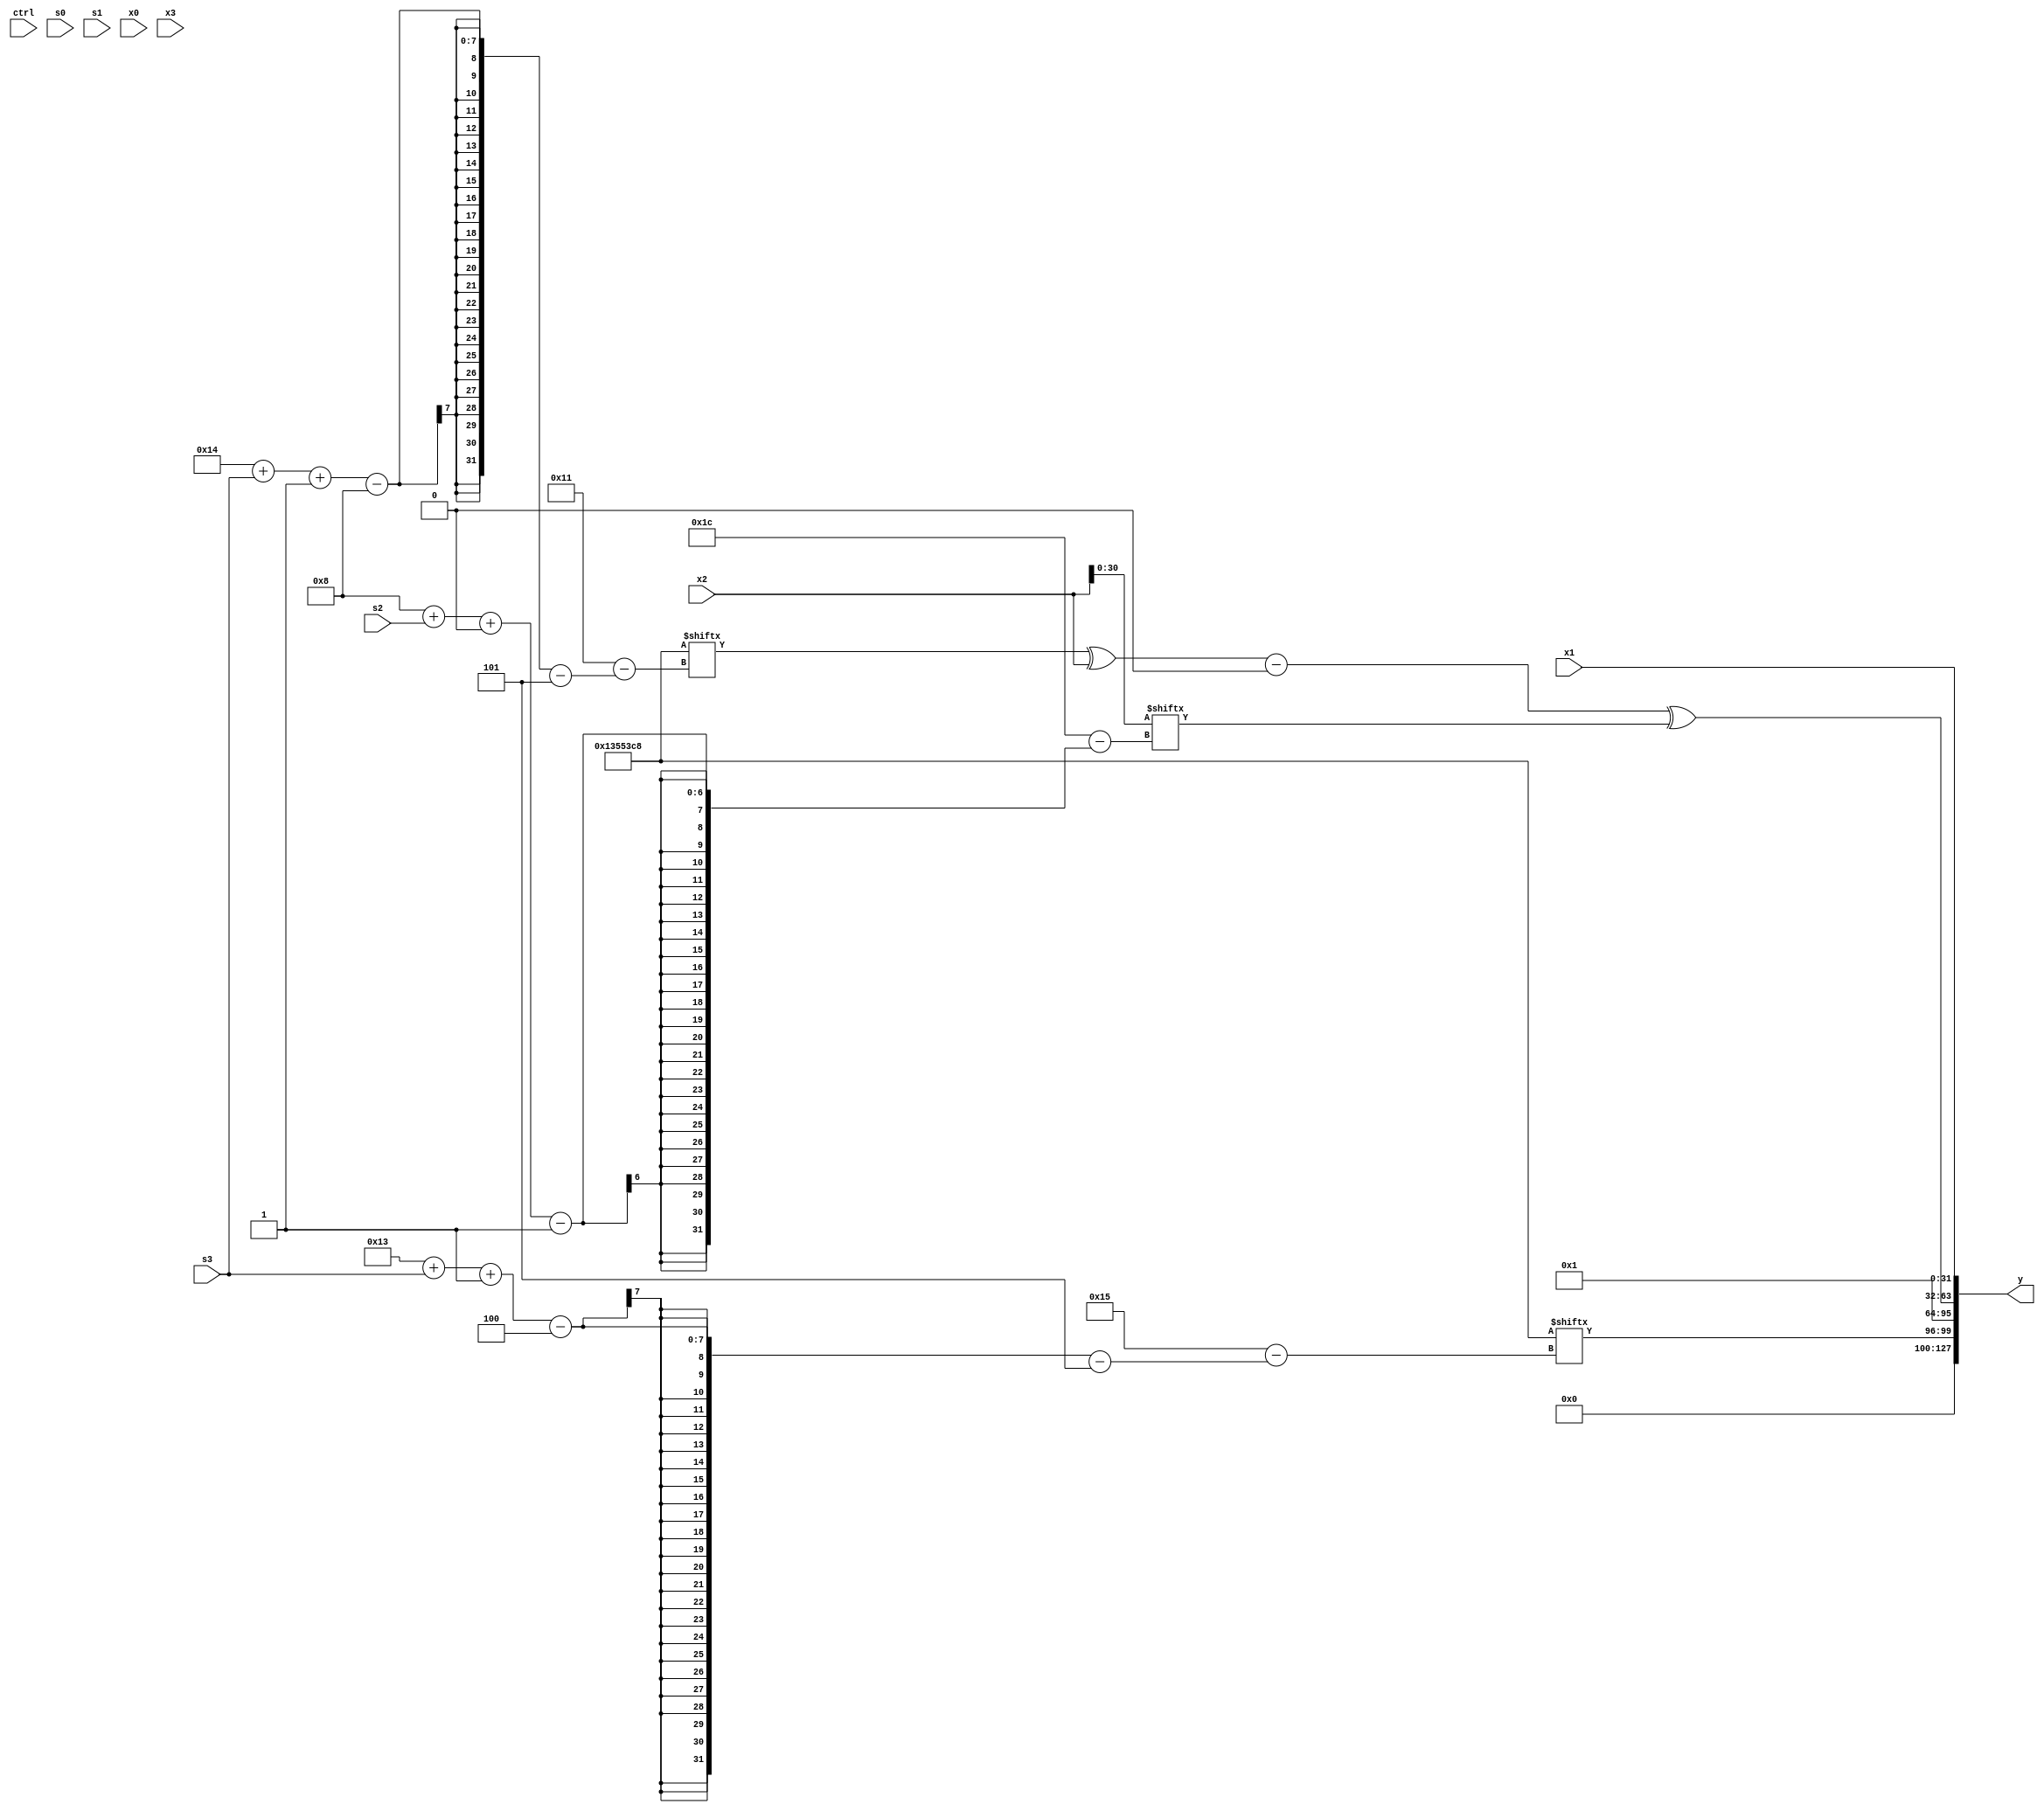
module partsel_00483(ctrl, s0, s1, s2, s3, x0, x1, x2, x3, y);
  input [3:0] ctrl;
  input [2:0] s0;
  input [2:0] s1;
  input [2:0] s2;
  input [2:0] s3;
  input [31:0] x0;
  input signed [31:0] x1;
  input signed [31:0] x2;
  input [31:0] x3;
  wire [2:26] x4;
  wire [4:29] x5;
  wire [1:26] x6;
  wire signed [24:6] x7;
  wire signed [26:2] x8;
  wire signed [1:25] x9;
  wire [29:7] x10;
  wire [1:31] x11;
  wire signed [31:2] x12;
  wire [26:7] x13;
  wire [25:7] x14;
  wire [4:24] x15;
  output [127:0] y;
  wire signed [31:0] y0;
  wire [31:0] y1;
  wire signed [31:0] y2;
  wire [31:0] y3;
  assign y = {y0,y1,y2,y3};
  localparam signed [4:26] p0 = 85582828;
  localparam signed [5:29] p1 = 691360712;
  localparam signed [28:1] p2 = 902056555;
  localparam [1:26] p3 = 246883006;
  assign x4 = p3[18 + s2 -: 6];
  assign x5 = {2{x3[9 +: 4]}};
  assign x6 = {2{(({{p0, ((p2 | x0[12 + s0 -: 1]) - (p3[21 -: 2] ^ (x2[24 + s3 -: 5] ^ (x4[9 + s1] + x5[12 -: 4]))))}, {p3[13], p3[21 + s2 -: 8]}} | {x0[21 -: 4], x3}) & x4)}};
  assign x7 = (ctrl[3] && !ctrl[3] && !ctrl[0] ? (p0[11] & (!ctrl[0] && ctrl[3] && !ctrl[1] ? x6[16] : x1)) : {2{{2{x5[7 + s2]}}}});
  assign x8 = p0[16 + s2];
  assign x9 = (ctrl[2] || !ctrl[2] || !ctrl[0] ? (!ctrl[1] && ctrl[0] && ctrl[3] ? x5[8 + s1] : ({2{(!ctrl[2] || ctrl[2] || !ctrl[1] ? p1[19] : p0[14 + s2])}} - (ctrl[2] && !ctrl[0] || !ctrl[1] ? x7[25 + s0 +: 6] : x7[26 + s0 +: 5]))) : p0[21]);
  assign x10 = x4[28 + s1 -: 6];
  assign x11 = x2;
  assign x12 = (x2[11] ^ (((x2[14 -: 2] ^ p2[15 -: 3]) | x4[22 -: 4]) + p0[13 -: 4]));
  assign x13 = p0[15 + s1];
  assign x14 = ((p1 & p0[15 -: 2]) & p1[14 + s2]);
  assign x15 = p0[14 + s1];
  assign y0 = p1[19 + s3 -: 4];
  assign y1 = p1[21];
  assign y2 = ({2{((p1[20 + s3 -: 8] ^ x2) - p2[22 -: 3])}} ^ x11[8 + s2 +: 3]);
  assign y3 = x1;
endmodule